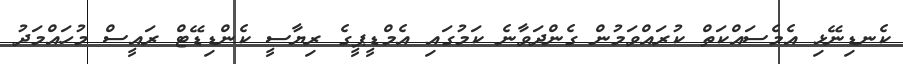
ކެނޑިނޭޅި އެމެސައްކަތް ކުރައްވަމުން ގެންދަވާނެ ކަމުގައި އެމްޑީޕީގެ ރިޔާސީ ކެންޑިޑޭޓް ރައީސް މުހައްމަދު